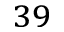
^ { 3 9 }